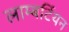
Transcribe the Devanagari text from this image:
लाम्बर्टियन